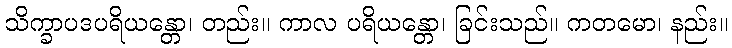
သိက္ခာပဒပရိယန္တော၊ တည်း။ ကာလ ပရိယန္တော၊ ခြင်းသည်။ ကတမော၊ နည်း။